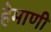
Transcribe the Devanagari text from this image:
हेमाणी